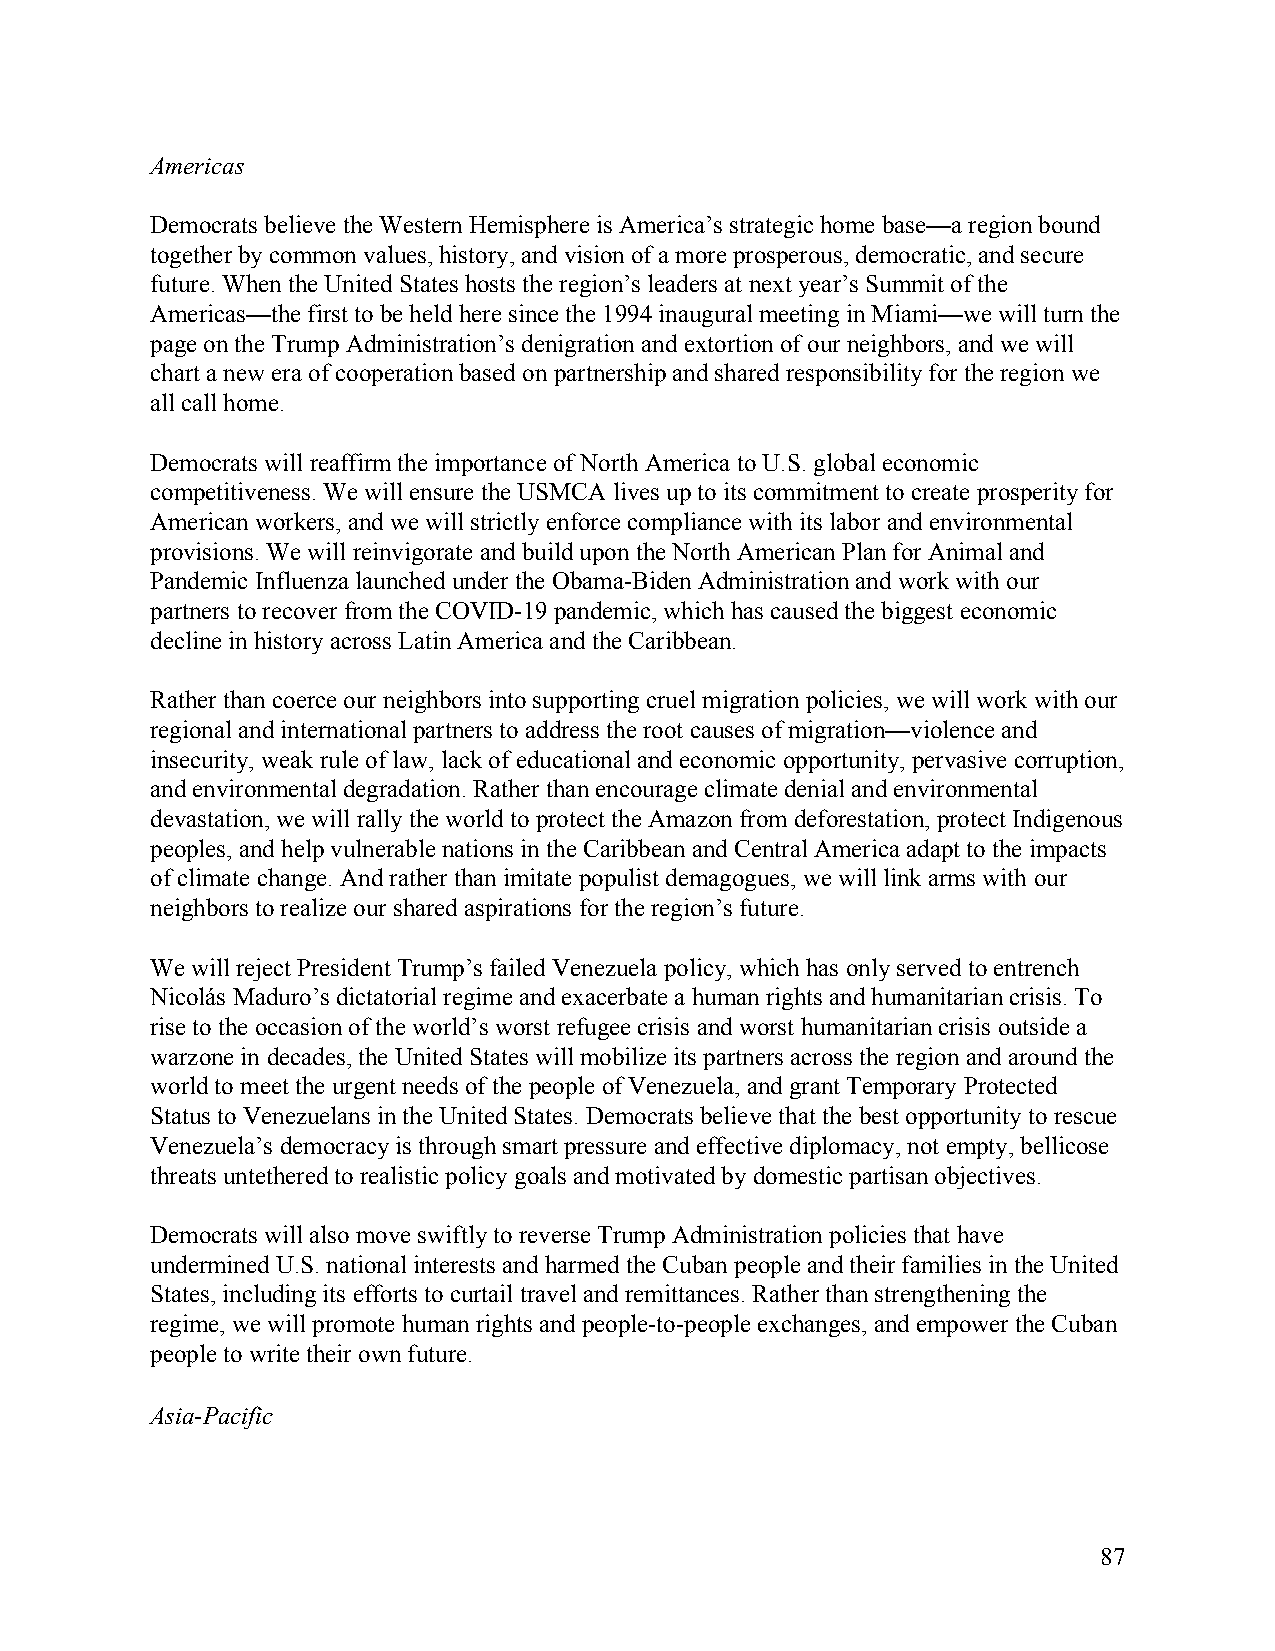
Americas
 Democrats believe the Western Hemisphere is America’s strategic home base—a region bound
 together by common values, history, and vision of a more prosperous, democratic, and secure
 future. When the United States hosts the region’s leaders at next year’s Summit of the
 Americas—the first to be held here since the 1994 inaugural meeting in Miami—we will turn the
 page on the Trump Administration’s denigration and extortion of our neighbors, and we will
 chart a new era of cooperation based on partnership and shared responsibility for the region we
 all call home.
 Democrats will reaffirm the importance of North America to U.S. global economic
 competitiveness. We will ensure the USMCA lives up to its commitment to create prosperity for
 American workers, and we will strictly enforce compliance with its labor and environmental
 provisions. We will reinvigorate and build upon the North American Plan for Animal and
 Pandemic Influenza launched under the Obama-Biden Administration and work with our
 partners to recover from the COVID-19 pandemic, which has caused the biggest economic
 decline in history across Latin America and the Caribbean.
 Rather than coerce our neighbors into supporting cruel migration policies, we will work with our
 regional and international partners to address the root causes of migration—violence and
 insecurity, weak rule of law, lack of educational and economic opportunity, pervasive corruption,
 and environmental degradation. Rather than encourage climate denial and environmental
 devastation, we will rally the world to protect the Amazon from deforestation, protect Indigenous
 peoples, and help vulnerable nations in the Caribbean and Central America adapt to the impacts
 of climate change. And rather than imitate populist demagogues, we will link arms with our
 neighbors to realize our shared aspirations for the region’s future.
 We will reject President Trump’s failed Venezuela policy, which has only served to entrench
 Nicolás Maduro’s dictatorial regime and exacerbate a human rights and humanitarian crisis. To
 rise to the occasion of the world’s worst refugee crisis and worst humanitarian crisis outside a
 warzone in decades, the United States will mobilize its partners across the region and around the
 world to meet the urgent needs of the people of Venezuela, and grant Temporary Protected
 Status to Venezuelans in the United States. Democrats believe that the best opportunity to rescue
 Venezuela’s democracy is through smart pressure and effective diplomacy, not empty, bellicose
 threats untethered to realistic policy goals and motivated by domestic partisan objectives.
 Democrats will also move swiftly to reverse Trump Administration policies that have
 undermined U.S. national interests and harmed the Cuban people and their families in the United
 States, including its efforts to curtail travel and remittances. Rather than strengthening the
 regime, we will promote human rights and people-to-people exchanges, and empower the Cuban
 people to write their own future.
 Asia-Pacific
 87